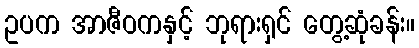
ဥပက အာဇီဝကနှင့် ဘုရားရှင် တွေ့ဆုံခန်း။